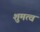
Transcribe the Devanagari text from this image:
शुमत्व